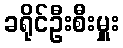
ခရိုင်ဦးစီးမှူး